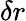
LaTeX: {\mathbf\delta r}